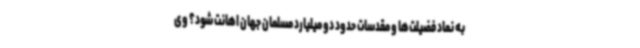
به نماد فضیلت‌ها و مقدسات حدود دو میلیارد مسلمان جهان اهانت شود؟ وی